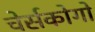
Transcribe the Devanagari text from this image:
चेर्सकोगो